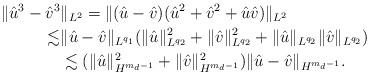
LaTeX: \begin{align*} \| \hat u^3 - \hat v^3 & \|_{L^2} = \| (\hat u - \hat v)( \hat u^2 + \hat v^2 + \hat u \hat v) \|_{L^2} \\ \lesssim & \| \hat u - \hat v \|_{L^{q_1}}( \| \hat u\|^2_{L^{q_2}} + \| \hat v\|^2_{L^{q_2}} +\| \hat u\|_{L^{q_2}} \| \hat v\|_{L^{q_2}} ) \\& \lesssim ( \| \hat u\|_{H^{m_d-1} }^2 + \| \hat v\|_{H^{m_d-1} }^2 ) \|\hat u - \hat v\|_{H^{m_d-1} }.\end{align*}